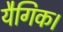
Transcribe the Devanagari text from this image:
यैगिक।